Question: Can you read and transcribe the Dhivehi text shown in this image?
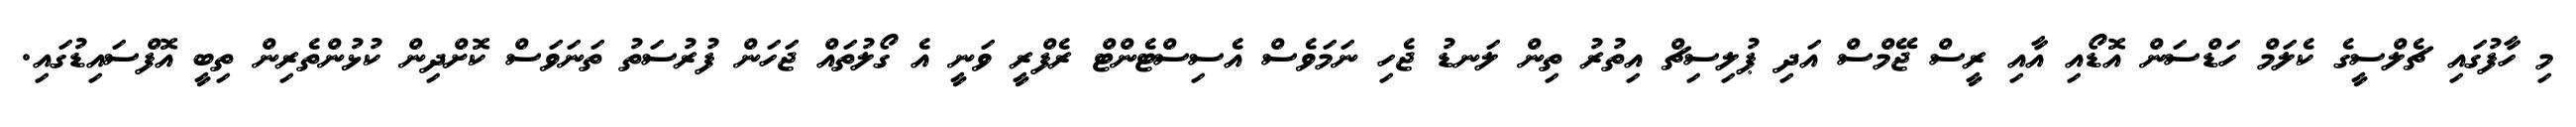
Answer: މި ހާފުގައި ޗެލްސީގެ ކެލަމް ހަޑްސަން އޮޑޯއި އާއި ރީސް ޖޭމްސް އަދި ޕުލިސިޗް އިތުރު ތިން ލަނޑު ޖެހި ނަމަވެސް އެސިސްޓެންޓް ރެފްރީ ވަނީ އެ ގޯލުތައް ޖަހަން ފުރުސަތު ތަނަވަސް ކޮށްދިން ކުޅުންތެރިން ތިބީ އޮފްސައިޑުގައި.